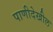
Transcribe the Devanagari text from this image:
पाणीदेखील